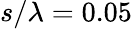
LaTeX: s/\lambda=0.05